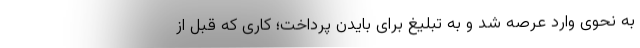
به نحوی وارد عرصه شد و به تبلیغ برای بایدن پرداخت؛ کاری که قبل از